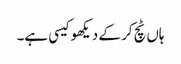
ہاں ٹچ کر کے دیکھو کیسی ہے۔